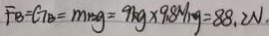
F _ { B } = G _ { B } = m _ { B } g = 9 k g \times 9 . 8 N / k g = 8 8 . 2 N .